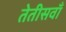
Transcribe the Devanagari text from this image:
तेतीसवाँ